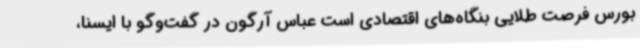
بورس فرصت طلایی بنگاه‌های اقتصادی است عباس آرگون در گفت‌وگو با ایسنا،